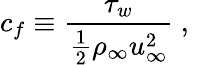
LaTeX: c_{f}\equiv\frac{\tau_{w}}{\frac{1}{2}\rho_{\infty}u_{\infty}^{2}}\mathrm{~,~}